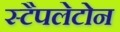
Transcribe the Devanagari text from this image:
स्टैपलेटोन